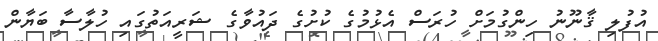
އުފުލި ޤާނޫނު ހިންގުމަށް ހުރަސް އެޅުމުގެ ކުށުގެ ދައުވާގެ ޝަރީއަތުގައި ހުލާސާ ބަޔާން